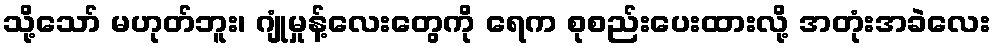
သို့သော် မဟုတ်ဘူး၊ ဂျုံမှုန့်လေးတွေကို ရေက စုစည်းပေးထားလို့ အတုံးအခဲလေး